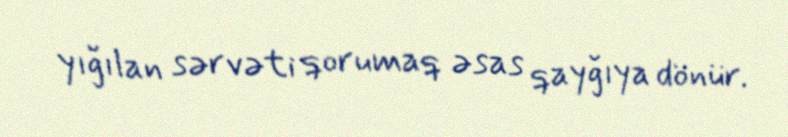
yığılan sərvəti qorumaq əsas qayğıya dönür.